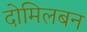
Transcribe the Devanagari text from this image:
दोमिलबन